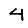
Digit: 4